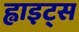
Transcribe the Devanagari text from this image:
ह्वाइट्स